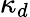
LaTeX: \kappa_{d}